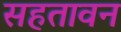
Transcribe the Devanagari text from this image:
सहतावन